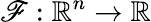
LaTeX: \mathscr{F}:\mathbb{{R}}^{n}\rightarrow\mathbb{{R}}